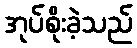
အုပ်စိုးခဲ့သည်